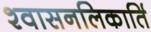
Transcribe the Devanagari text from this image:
श्वासनलिकार्ति